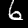
Digit: 6